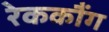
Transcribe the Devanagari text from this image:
रेककौंग